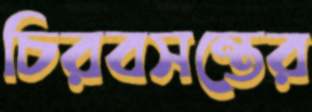
চিরবসন্তের